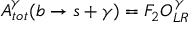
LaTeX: { \cal A } _ { t o t } ^ { \gamma } ( b \rightarrow s + \gamma ) = F _ { 2 } { \cal O } _ { L R } ^ { \gamma }